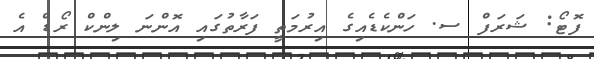
ފޮޓޯ: ޝަރަފް ސ. ހަންކެޑެއިގެ އިރުމަތީ ފަރާތުގައި އޮންނަ ލިންކް ރޯޑް އެ